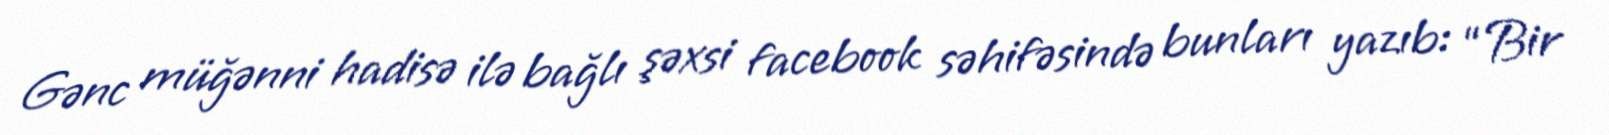
Gənc müğənni hadisə ilə bağlı şəxsi facebook səhifəsində bunları yazıb: “Bir